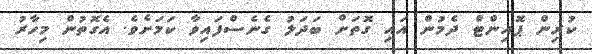
ކުރިން ޕޮއިންޓް ދެމުން އައި ގޮތަށް ބަދަލު ގެނެސްފައިވާ ކަމަށެވެ. އެގޮތުން މިހާރު